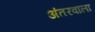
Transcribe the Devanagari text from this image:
अंतरवाला